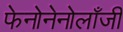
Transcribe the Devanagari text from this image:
फेनोनेनोलाँजी